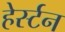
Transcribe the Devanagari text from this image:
हेर्स्टन